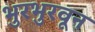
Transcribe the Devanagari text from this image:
भुरभुरवून